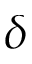
\delta